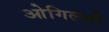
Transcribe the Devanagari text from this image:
ओगिल्व्ही